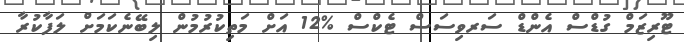
ޓޫރިޒަމް ގުޑްސް އެންޑް ސަރވިސަސް ޓެކްސް %12 އަށް މަތިކުރުމުން ލިބޭނެކަމަށް ލަފާކުރާ